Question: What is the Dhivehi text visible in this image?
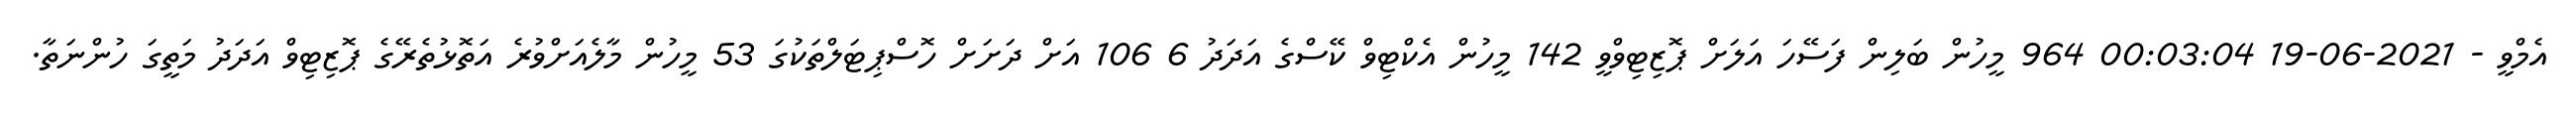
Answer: އެމްވީ - 2021-06-19 00:03:04 964 މީހުން ބަލިން ފަސޭހަ އަލަށް ޕޮޒިޓިވްވީ 142 މީހުން އެކްޓިވް ކޭސްގެ އަދަދު 6 106 އަށް ދަށަށް ހޮސްޕިޓަލްތަކުގަ 53 މީހުން މާލެއަށްވުރެ އަތޮޅުތެރޭގެ ޕޮޒިޓިވް އަދަދު މަތީގަ ހުންނަތާ.